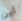
أين